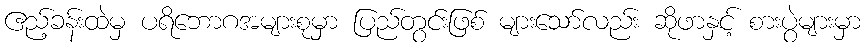
ဧည့်ခန်းထဲမှ ပရိဘောဂအများစုမှာ ပြည်တွင်းဖြစ် များသော်လည်း ဆိုဖာနှင့် စားပွဲများမှာ